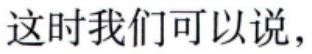
这时我们可以说，